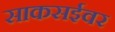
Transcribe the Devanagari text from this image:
साकसईवर